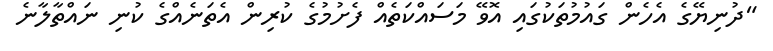
"ދުނިޔޭގެ އެހެން ގައުމުތަކުގައި އޮވޭ މަސައްކަތެއް ފެށުމުގެ ކުރިން އެތަނެއްގެ ކުނި ނައްތާލާނެ